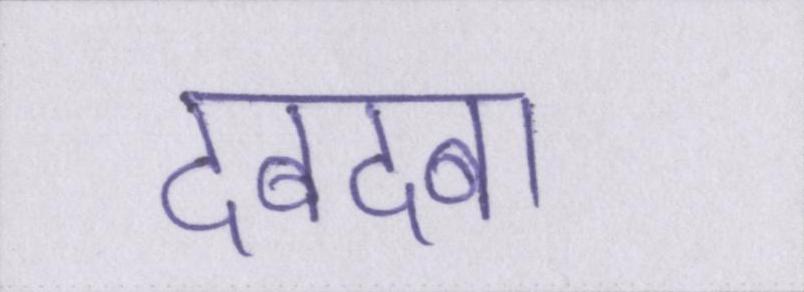
दबदबा